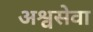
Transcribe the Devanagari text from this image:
अश्वसेवा